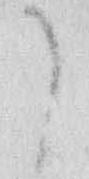
こ